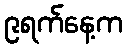
၉ရက်နေ့က